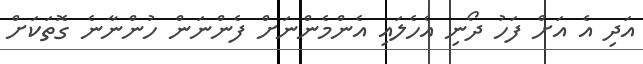
އަދި އެ އަށް ފަހު ދޯނި އެހެލައި އެންމެންނަށް ފެންނަން ހުންނާނެ ގޮތަކަށް